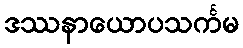
ဒဿနာယောပသင်္ကမ